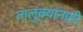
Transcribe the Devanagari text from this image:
तालुक्यांनाही